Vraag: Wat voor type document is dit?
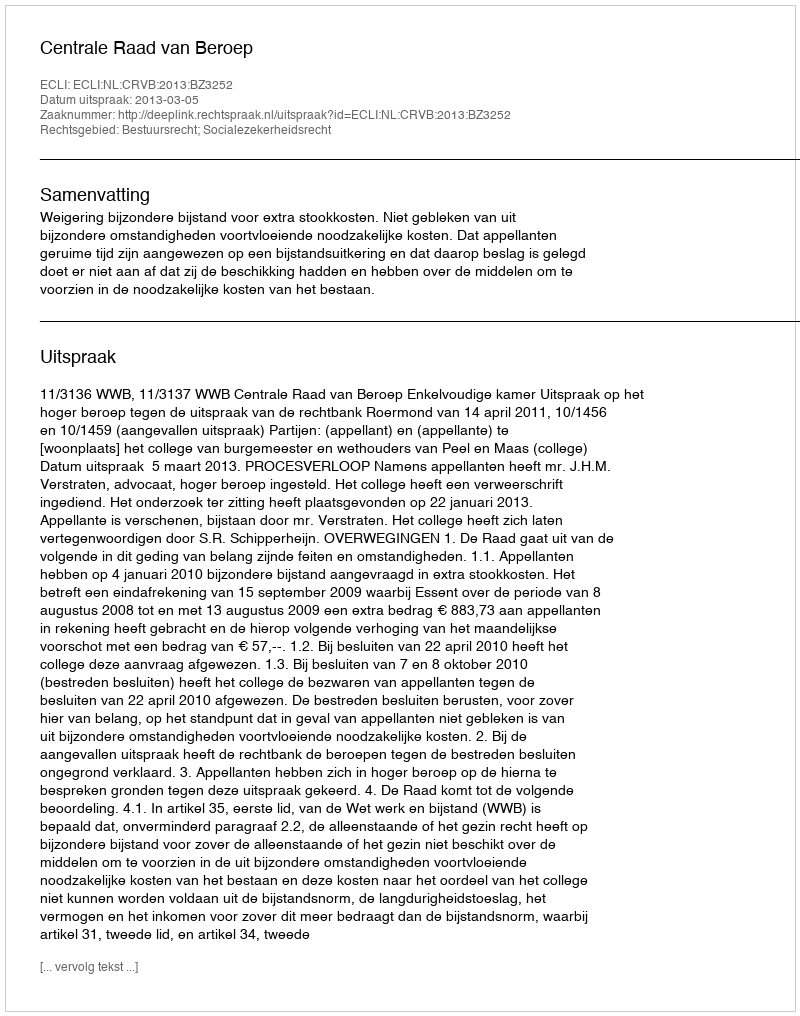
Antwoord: Uitspraak